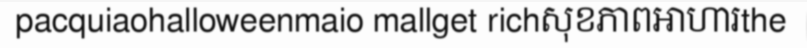
pacquiaohalloweenmaio mallget richសុខភាពអាហារthe